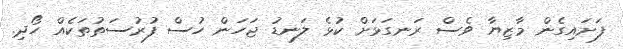
ފަށައިގެން މާޒިޔާ ވެސް ރަނގަޅަށް ކުޅެ ލަނޑު ޖަހަން ހުސް ފުރުސަތުތަކެއް ހޯދި.